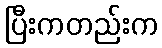
ပြီးကတည်းက